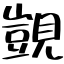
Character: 覬